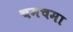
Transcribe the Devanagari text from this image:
चमचमा